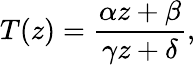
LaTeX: T(z)={\frac{\alpha z+\beta}{\gamma z+\delta}},